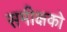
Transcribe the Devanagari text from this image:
समीक्षको